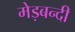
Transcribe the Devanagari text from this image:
मेड़बन्दी